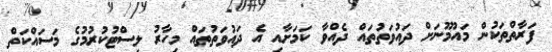
ފަރާތްތަކުން މައުމޫނަށް ދައުވަތުތައް ދެއްވާ ކަމަށާއި އެ ދައުވަތުތައް މިހާރު ލިސްޓުކުރުމުގެ މަސައްކަތް